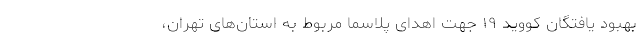
بهبود یافتگان کووید ۱۹ جهت اهدای پلاسما مربوط به استان‌های تهران،